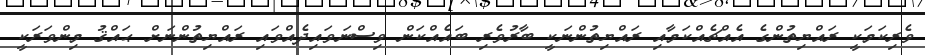
ވެރިކަމަކީ ރައްޔިތުންގެ އެއްޗެއްކަމާއި ރައްޔިތުންނަކީ ބާރުވެރި ބައެއްކަން ވިސްނަވައިދެއްވައި ރައްޔިތުންނަށް ޙައްޤު މިންވަރަކީ